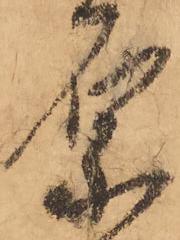
原